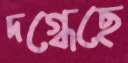
দগ্ধেছে